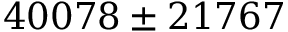
4 0 0 7 8 \pm 2 1 7 6 7